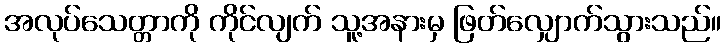
အလုပ်သေတ္တာကို ကိုင်လျက် သူ့အနားမှ ဖြတ်လျှောက်သွားသည်။